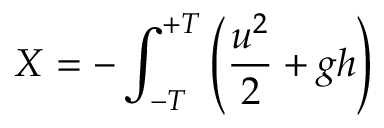
X = - \int _ { - T } ^ { + T } \left( \frac { u ^ { 2 } } { 2 } + g h \right) \d t